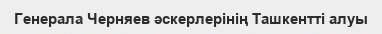
Генерала Черняев әскерлерінің Ташкентті алуы